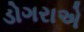
ડોગરાએ